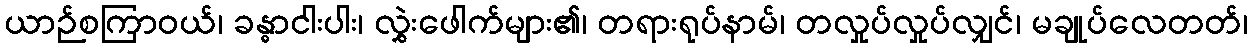
ယာဉ်စကြာဝယ်၊ ခန္ဓာငါးပါး၊ လွှဲးဖေါက်များ၏၊ တရားရုပ်နာမ်၊ တလှုပ်လှုပ်လျှင်၊ မချုပ်လေတတ်၊